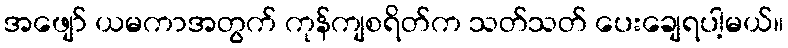
အဖျော် ယမကာအတွက် ကုန်ကျစရိတ်က သတ်သတ် ပေးချေရပါ့မယ်။